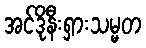
အင်ဒိုနီးရှားသမ္မတ